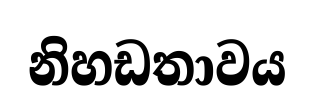
නිහඩතාවය